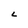
Character: L